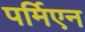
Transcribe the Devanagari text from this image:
पर्मिएन